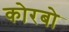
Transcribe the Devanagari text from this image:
कोरबो